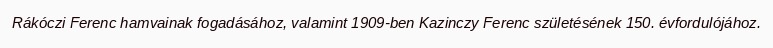
Rákóczi Ferenc hamvainak fogadásához, valamint 1909-ben Kazinczy Ferenc születésének 150. évfordulójához.